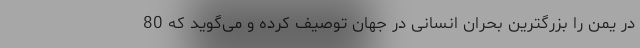
در یمن را بزرگترین بحران انسانی در جهان توصیف کرده و می‌گوید که 80